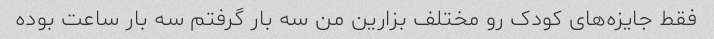
فقط جایزه‌های کودک رو مختلف بزارین من سه بار گرفتم سه بار ساعت بوده